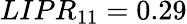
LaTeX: LIPR_{11}=0.29